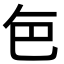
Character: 𮎜